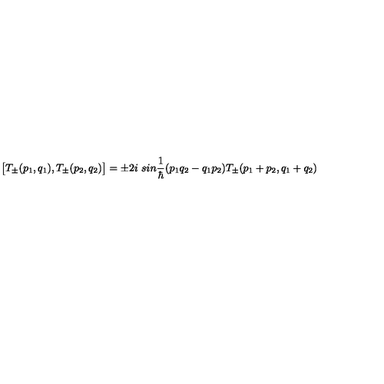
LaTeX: \bigl [ T _ { \pm } ( p _ { 1 } , q _ { 1 } ) , T _ { \pm } ( p _ { 2 } , q _ { 2 } ) \bigr ] = \pm 2 i \ s i n \frac { 1 } { \hbar } ( p _ { 1 } q _ { 2 } - q _ { 1 } p _ { 2 } ) T _ { \pm } ( p _ { 1 } + p _ { 2 } , q _ { 1 } + q _ { 2 } )